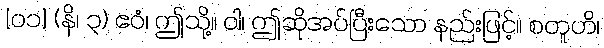
[၀၁] (နိ၊ ၃) ဧဝံ၊ ဤသို့။ ဝါ၊ ဤဆိုအပ်ပြီးသော နည်းဖြင့်။ စတူဟိ၊